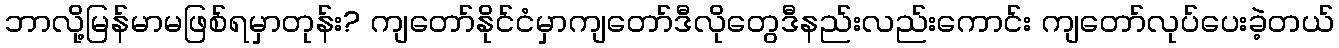
ဘာလို့မြန်မာမဖြစ်ရမှာတုန်း? ကျတော်နိုင်ငံမှာကျတော်ဒီလိုတွေဒီနည်းလည်းကောင်း ကျတော်လုပ်ပေးခဲ့တယ်